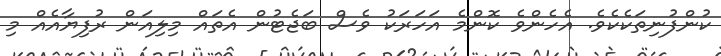
ކުންފުނިތަކެކެވެ. އެހެންވެ ކޮންމެ އަހަރަކު ވެސް ބަޖެޓުން އެތައް މިލިއަން ރުފިޔާއެއް މި